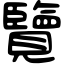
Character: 覽